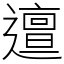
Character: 邅